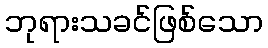
ဘုရားသခင်ဖြစ်သော